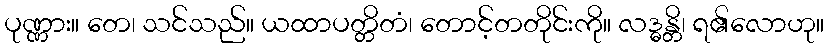
ပုဏ္ဏား။ တေ၊ သင်သည်။ ယထာပတ္တိတံ၊ တောင့်တတိုင်းကို။ လဒ္ဓန္တိ၊ ရ၏လောဟု။